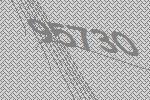
95730